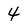
Character: 4